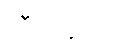
လီဗာပူးကို